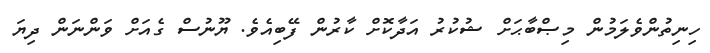
ހިނިތުންވެލަމުން މިޞްބާޙަށް ޝުކުރު އަދާކޮށް ކާރުން ފޭބިއެވެ. ޔޫނުސް ގެއަށް ވަންނަން ދިޔަ